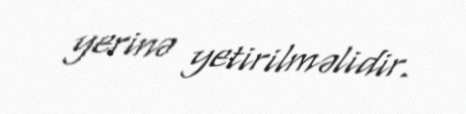
yerinə yetirilməlidir.